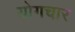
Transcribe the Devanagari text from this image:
योगचार